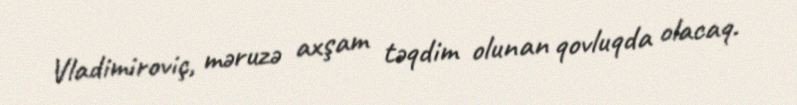
Vladimiroviç, məruzə axşam təqdim olunan qovluqda olacaq.